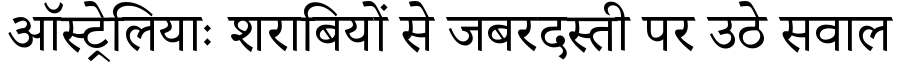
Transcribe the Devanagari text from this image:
ऑस्ट्रेलियाः शराबियों से जबरदस्ती पर उठे सवाल